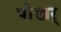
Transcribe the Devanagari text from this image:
पोखर्